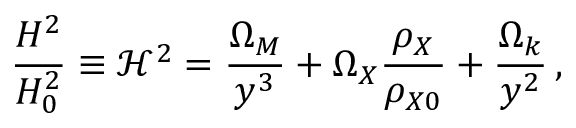
\frac { H ^ { 2 } } { H _ { 0 } ^ { 2 } } \equiv \mathcal { H } ^ { 2 } = \frac { \Omega _ { M } } { y ^ { 3 } } + \Omega _ { X } \frac { \rho _ { X } } { \rho _ { X 0 } } + \frac { \Omega _ { k } } { y ^ { 2 } } \, ,